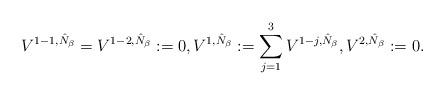
LaTeX: \begin{align*}V^{1-1,\hat{N}_{\beta}}=V^{1-2,\hat{N}_{\beta}}:=0,V^{1,\hat{N}_{\beta}}:=\sum_{j=1}^3V^{1-j,\hat{N}_{\beta}}, V^{2,\hat{N}_{\beta}}:=0.\end{align*}